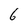
Character: 6